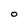
Character: O